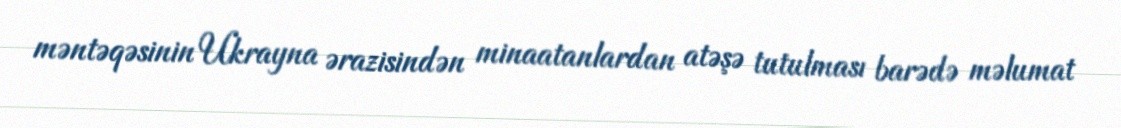
məntəqəsinin Ukrayna ərazisindən minaatanlardan atəşə tutulması barədə məlumat